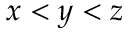
x < y < z